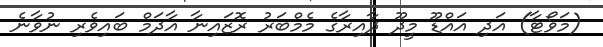
(މަވޯޓާ) އަދި އަައްޑޫ މީދޫ ދާއިރާގެ މެމްބަރު ރޮޒައިނާ އާދަމް ބައިވެރި ނުވާނެ